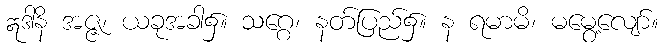
ဣဒါနိ အဇ္ဇ၊ ယခုအခါ၌။ သဂ္ဂေ၊ နတ်ပြည်၌။ န ရမာမိ၊ မမွေ့လျော်။